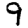
Digit: 9